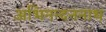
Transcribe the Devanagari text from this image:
अभिनन्दननाथ